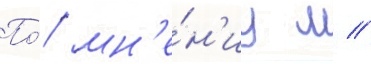
По́ мн'е́н'иу л //